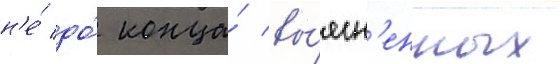
н'е́ до́ конца́ вы́ясн'енных